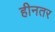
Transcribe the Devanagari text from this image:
हीनतर